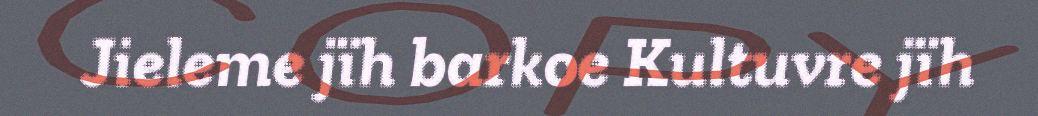
Jieleme jïh barkoe Kultuvre jïh